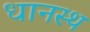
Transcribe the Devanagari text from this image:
धानस्थ